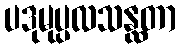
ပဒုမုပ္ပလသန္ထတာ